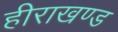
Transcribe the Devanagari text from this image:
हीराखण्ड